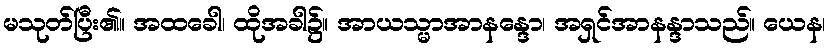
မသုတ်ပြီး၏။ အထခေါ၊ ထိုအခါ၌။ အာယသ္မာအာနန္ဒော၊ အရှင်အာနန္ဒာသည်။ ယေန၊